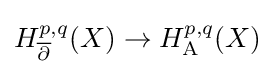
H_{\overline {\partial }}^{p,q}(X)\rightarrow H_{\mathrm {A} }^{p,q}(X)